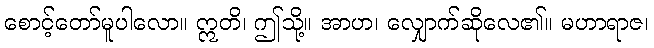
စောင့်တော်မူပါလော။ ဣတိ၊ ဤသို့။ အာဟ၊ လျှောက်ဆိုလေ၏။ မဟာရာဇ၊